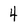
Character: 4